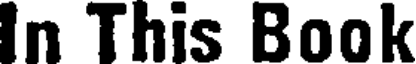
In This Book